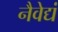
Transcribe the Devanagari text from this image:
नैवेद्यं